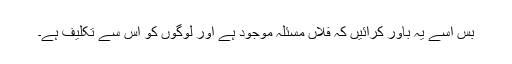
بس اسے یہ باور کرائیں کہ فلاں مسئلہ موجود ہے اور لوگوں کو اس سے تکلیف ہے۔